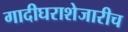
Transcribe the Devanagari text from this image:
गादीघराशेजारीच